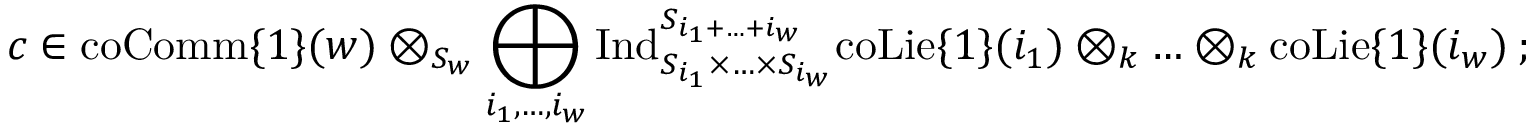
c \in \mathrm { c o C o m m } \{ 1 \} ( w ) \otimes _ { S _ { w } } \bigoplus _ { i _ { 1 } , \ldots , i _ { w } } \mathrm { I n d } _ { S _ { i _ { 1 } } \times \ldots \times S _ { i _ { w } } } ^ { S _ { i _ { 1 } + \ldots + i _ { w } } } \mathrm { c o L i e } \{ 1 \} ( i _ { 1 } ) \otimes _ { k } \ldots \otimes _ { k } \mathrm { c o L i e } \{ 1 \} ( i _ { w } ) \: ;